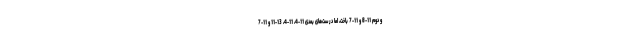
و دوم 11-8 و 11-7 باخت، اما در ست‌های بعدی 11-4، 11-4، 13-11 و 11-7